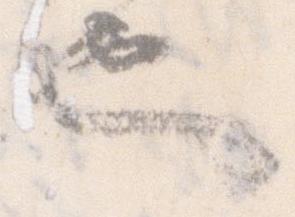
也